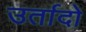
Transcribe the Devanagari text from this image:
उर्तादो